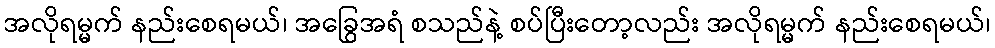
အလိုရမ္မက် နည်းစေရမယ်၊ အခြွေအရံ စသည်နဲ့ စပ်ပြီးတော့လည်း အလိုရမ္မက် နည်းစေရမယ်၊